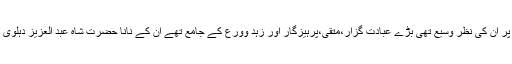
حدیث نبوی ﷺ کے تمام گوشوں پر ان کی نظر وسیع تھی بڑے عبادت گزار،متقی،پرہیزگار اور زہد وورع کے جامع تھے ان کے نانا حضرت شاہ عبد العزیز دہلوی ان کو دیکھتے تو فرماتے تھے ۔